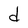
Character: d